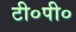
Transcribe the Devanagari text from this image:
टी०पी०